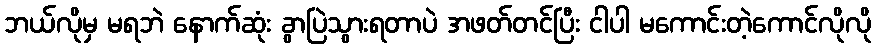
ဘယ်လိုမှ မရဘဲ နောက်ဆုံး ခွာပြဲသွားရတာပဲ အဖတ်တင်ပြီး ငါပါ မကောင်းတဲ့ကောင်လိုလို